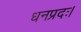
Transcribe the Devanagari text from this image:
धनप्रदः।